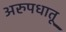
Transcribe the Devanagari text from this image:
अरुपधातू